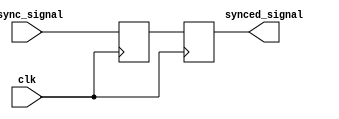
module two_flop_synchronizer (
    input wire clk,
    input wire async_signal,
    output reg synced_signal
);

reg flop1;
reg flop2;

always @(posedge clk) begin
    flop1 <= async_signal;
    flop2 <= flop1;
end

assign synced_signal = flop2;

endmodule